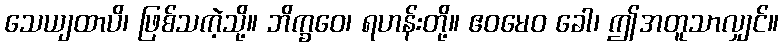
သေယျထာပိ၊ ဖြစ်သကဲ့သို့။ ဘိက္ခဝေ၊ ရဟန်းတို့။ ဧဝမေဝ ခေါ၊ ဤအတူသာလျှင်။